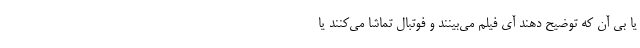
یا بی آن که توضیح دهند آی فیلم می‌بینند و فوتبال تماشا می‌کنند یا